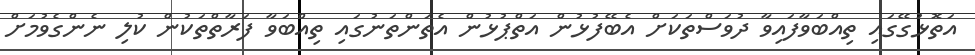
އަތޮޅުގޭގައި ތިއްބަވާފައިވާ ދުވަސްތަކަށް އެބޭފުޅުން އަތްޕުޅުން އެތަންތަނުގައި ތިއްބަވާ ފަރާތްތަކުން ކުލި ނެންގެވުމަށް